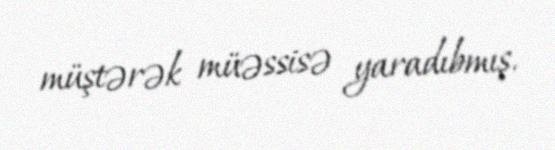
müştərək müəssisə yaradıbmış.